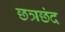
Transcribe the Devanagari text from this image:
छत्रछंद